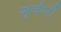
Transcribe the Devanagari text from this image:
गुर्जररी